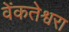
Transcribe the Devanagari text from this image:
वेंकतेश्वरा